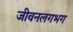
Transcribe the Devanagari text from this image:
जीवनलगभग